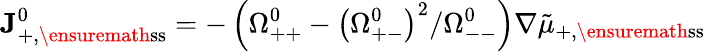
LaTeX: \mathbf{J}_{+,\ensuremath{\mathrm{ss}}}^{0}=-\left(\Omega_{++}^{0}-\left(\Omega_{+-}^{0}\right)^{2}/\Omega_{--}^{0}\right)\nabla\tilde{\mu}_{+,\ensuremath{\mathrm{ss}}}